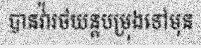
បានវ៉ារថយន្តបម្រុងទៅមុន